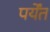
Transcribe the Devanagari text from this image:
पर्येंत